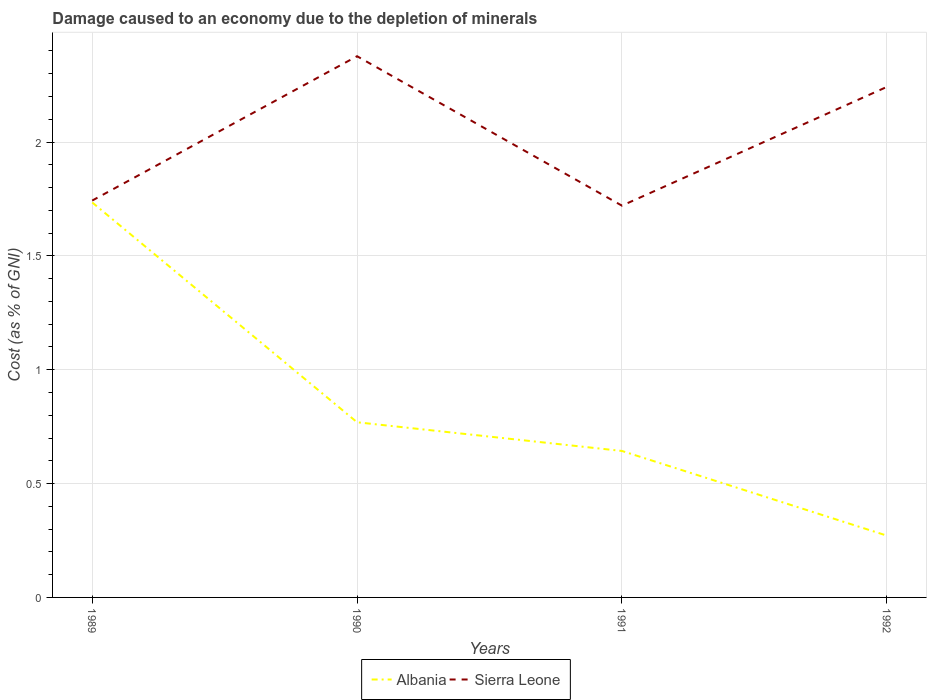
| Years | Albania | Sierra Leone |
 | --- | --- | --- |
 | 1989 | 1.73 | 1.74 |
 | 1990 | 0.769 | 2.38 |
 | 1991 | 0.643 | 1.72 |
 | 1992 | 0.272 | 2.24 |